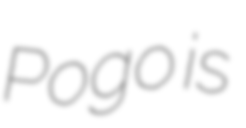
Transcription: Pogo is